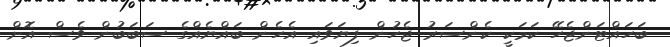
ބަހައްޓަންޖެހޭ ކަމަކީ ކެންސަރު ޖެހުން ފިޔަވައި އެހެން ބައްޔެއްގެ ސަބަބުން ވެސް އޮށް